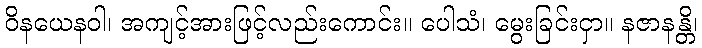
ဝိနယေနဝါ၊ အကျင့်အားဖြင့်လည်းကောင်း။ ပေါသံ၊ မွေးခြင်းငှာ။ နဇာနန္တိ၊